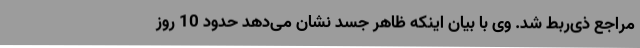
مراجع ذی‌ربط شد. وی با بیان اینکه ظاهر جسد نشان می‌دهد حدود 10 روز